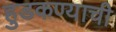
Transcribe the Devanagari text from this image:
हुडकण्याची